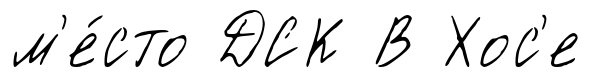
м'е́сто ДСК В Хос'е